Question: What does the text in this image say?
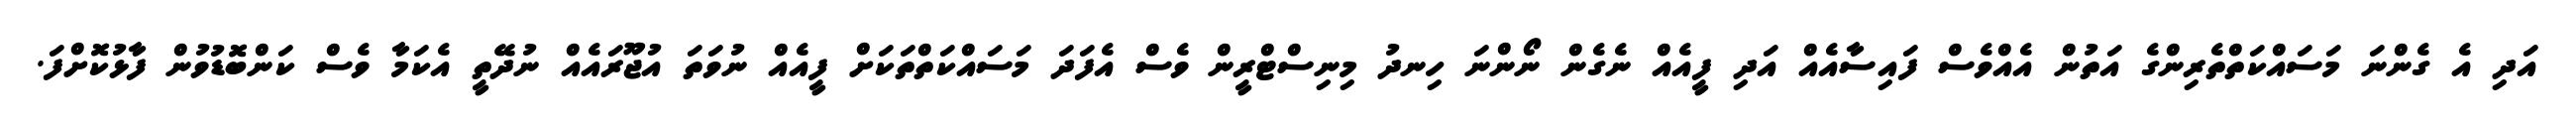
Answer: އަދި އެ ގެންނަ މަސައްކަތްތެރިންގެ އަތުން އެއްވެސް ފައިސާއެއް އަދި ފީއެއް ނެގެން ނޯންނަ ހިނދު މިނިސްޓްރީން ވެސް އެފަދަ މަސައްކަތްތަކަށް ފީއެއް ނުވަތަ އުޖޫރައެއް ނުދޭތީ އެކަމާ ވެސް ކަންބޮޑުވުން ފާޅުކޮށްފަ.